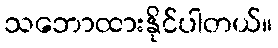
သဘောထားနိုင်ပါတယ်။